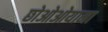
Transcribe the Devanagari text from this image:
छोओओयामा